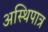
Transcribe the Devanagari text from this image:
अस्थिपात्र